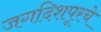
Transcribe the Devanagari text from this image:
जगदिशपूरचे